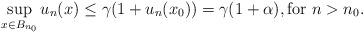
LaTeX: \begin{align*} \sup_{x\in B_{n_0}} u_n(x) \leq \gamma(1+u_n(x_0))=\gamma(1+\alpha), \mbox{for}\ n>n_0.\end{align*}